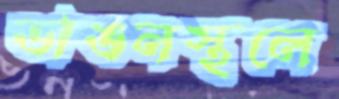
ভাঙনস্থলে